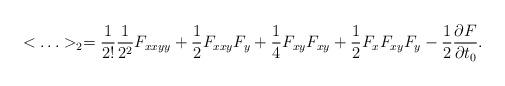
LaTeX: \begin{align*}<\ldots >_2={1\over 2!}{1\over 2^2}F_{xxyy}+{1\over 2}F_{xxy}F_y+{1\over 4}F_{xy}F_{xy}+{1\over 2}F_xF_{xy}F_y-{1\over 2}{\partial F\over \partial t_0}.\end{align*}